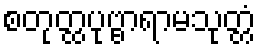
စတုတ္ထပုဗ္ဗာရာမသုတ္တံ